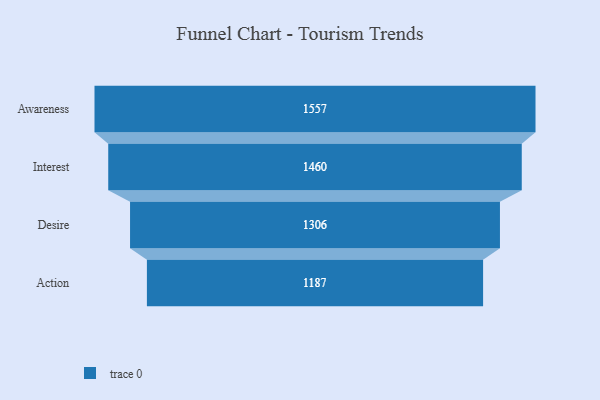
{"axis": {"x": "Stage", "y": "Value"}, "legend": [""], "data": [{"x": "Awareness", "y": 1557.0, "type": ""}, {"x": "Interest", "y": 1460.0, "type": ""}, {"x": "Desire", "y": 1306.0, "type": ""}, {"x": "Action", "y": 1187.0, "type": ""}]}